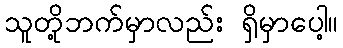
သူတို့ဘက်မှာလည်း ရှိမှာပေါ့။